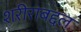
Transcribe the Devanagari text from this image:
शरीराबद्दल